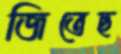
জিতেছ